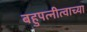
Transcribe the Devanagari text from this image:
बहुपत्नीत्वाच्या